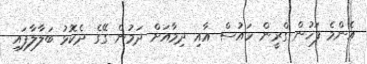
އެންމެ ފަހުން ގްރީން ހައުސް އާއި ދިމާއަށް ދަމުން ގޭގެ ދެކޮޅު ބަލާލާފައި